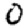
Digit: 0